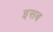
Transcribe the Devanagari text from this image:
इसब